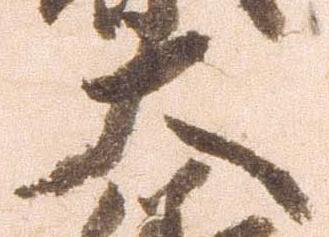
大